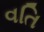
વતિ